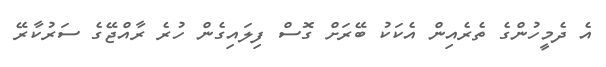
އެ ދެމީހުންގެ ތެރެއިން އެކަކު ބޭރަށް ގޮސް ފިލައިގެން ހުރެ ރާއްޖޭގެ ސަރުކާރޭ